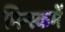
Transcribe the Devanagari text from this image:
मिन्स्कमें